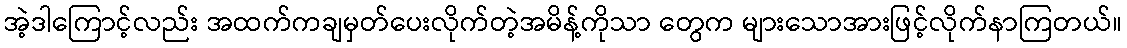
အဲ့ဒါကြောင့်လည်း အထက်ကချမှတ်ပေးလိုက်တဲ့အမိန့်ကိုသာ တွေက များသောအားဖြင့်လိုက်နာကြတယ်။